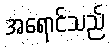
အရောင်သည်